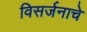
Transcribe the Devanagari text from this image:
विसर्जनाचे